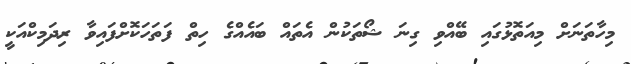
މިހާތަނަށް މިއަތޮޅުގައި ބޭއްވި ގިނަ ޝޯތަކުން އެތައް ބައެއްގެ ހިތް ފަތަހަކޮށްފައިވާ ރިދަމިކްއަކީ